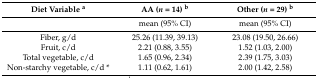
<table><thead><tr><td><b>Diet Variable <sup>a</sup></b></td><td><b>AA (<i>n</i> = 14) <sup>b</sup></b></td><td><b>Other (<i>n</i> = 29) <sup>b</sup></b></td></tr></thead><tbody><tr><td></td><td>mean (95% CI)</td><td>mean (95% CI)</td></tr><tr><td>Fiber, g/d</td><td>25.26 (11.39, 39.13)</td><td>23.08 (19.50, 26.66)</td></tr><tr><td>Fruit, c/d</td><td>2.21 (0.88, 3.55)</td><td>1.52 (1.03, 2.00)</td></tr><tr><td>Total vegetable, c/d</td><td>1.65 (0.96, 2.34)</td><td>2.39 (1.75, 3.03)</td></tr><tr><td>Non-starchy vegetable, c/d *</td><td>1.11 (0.62, 1.61)</td><td>2.00 (1.42, 2.58)</td></tr></tbody></table>